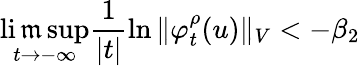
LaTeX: \operatorname*{li\mathfrak{m}sup}_{t\to-\infty}\frac{{1}}{{|t|}}\ln\Vert\varphi_{t}^{\rho}(u)\Vert_{V}<-\beta_{2}